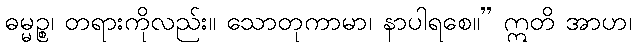
ဓမ္မဉ္စ၊ တရားကိုလည်း။ သောတုကာမာ၊ နာပါရစေ။” ဣတိ အာဟ၊